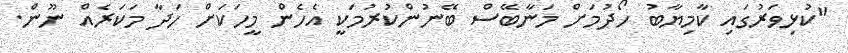
"ކުޅިވަރުގައި ކާމިޔާބު ހޯދުމަށް މަނާބޭސް ބޭނުންކުރުމަކީ އެހެން މީހަކަށް ހަދާ މަކަރެއް ނޫން.